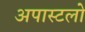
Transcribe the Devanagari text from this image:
अपास्टलो